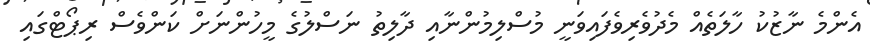
އެންމެ ނާޒުކު ހާލަތެއް މެދުވެރިވެފައިވަނީ މުސްލިމުންނާއި ދާލިތު ނަސްލުގެ މީހުންނަށް ކަންވެސް ރިޕޯޓްގައި